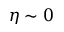
\eta \sim 0